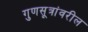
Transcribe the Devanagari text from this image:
गुणसूत्रांवरील